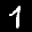
Label: 1